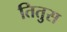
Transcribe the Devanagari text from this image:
तितुस